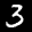
Label: 3